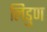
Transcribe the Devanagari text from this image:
लिडुण